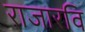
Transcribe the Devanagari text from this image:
राजारवि